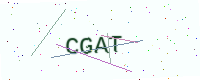
Text: CGAT